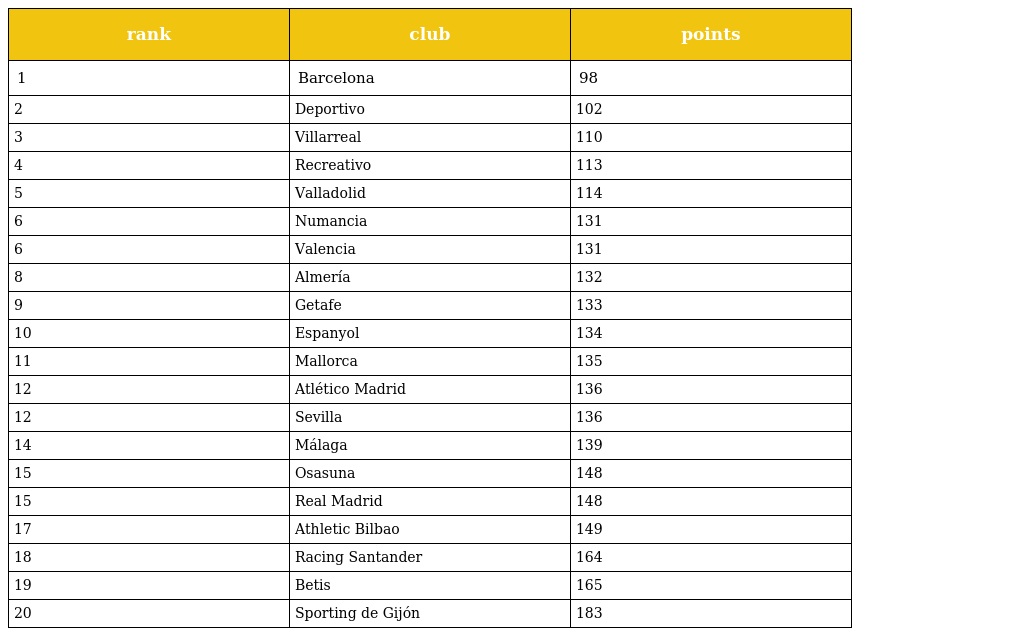
| rank | club | points |
 | --- | --- | --- |
 | 1 | Barcelona | 98 |
 | 2 | Deportivo | 102 |
 | 3 | Villarreal | 110 |
 | 4 | Recreativo | 113 |
 | 5 | Valladolid | 114 |
 | 6 | Numancia | 131 |
 | 6 | Valencia | 131 |
 | 8 | Almería | 132 |
 | 9 | Getafe | 133 |
 | 10 | Espanyol | 134 |
 | 11 | Mallorca | 135 |
 | 12 | Atlético Madrid | 136 |
 | 12 | Sevilla | 136 |
 | 14 | Málaga | 139 |
 | 15 | Osasuna | 148 |
 | 15 | Real Madrid | 148 |
 | 17 | Athletic Bilbao | 149 |
 | 18 | Racing Santander | 164 |
 | 19 | Betis | 165 |
 | 20 | Sporting de Gijón | 183 |